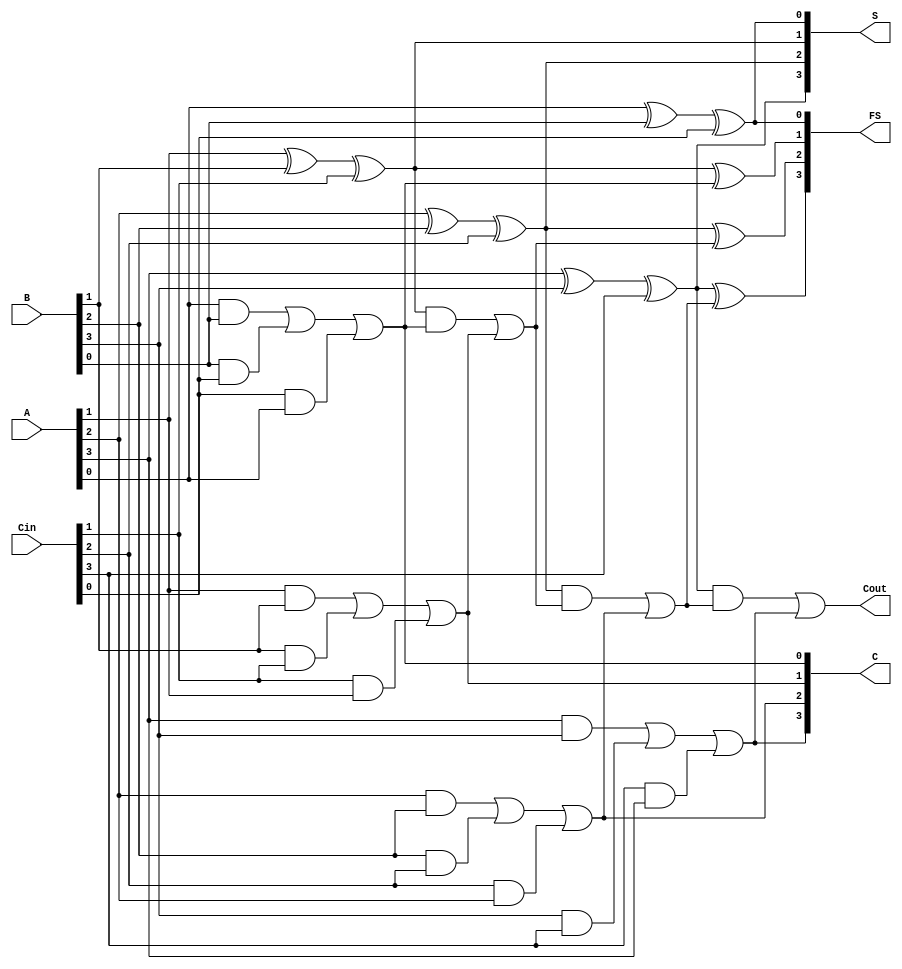
module CarrySaveAdder #(
    parameter WIDTH = 4  // Parameter to set the bit-width of inputs
)(
    input  wire [WIDTH-1:0] A,     // Input A
    input  wire [WIDTH-1:0] B,     // Input B
    input  wire [WIDTH-1:0] Cin,    // Input Carry
    output wire [WIDTH-1:0] S,      // Sum output
    output wire [WIDTH-1:0] C,      // Carry output
    output wire [WIDTH-1:0] FS,     // Final Sum output
    output wire Cout                // Final Carry out
);

// Partial Sum Generation
genvar i;
generate
    for (i = 0; i < WIDTH; i = i + 1) begin : CSA
        assign S[i] = A[i] ^ B[i] ^ Cin[i];  // Sum is the XOR of inputs
        assign C[i] = (A[i] & B[i]) | (B[i] & Cin[i]) | (Cin[i] & A[i]); // Carry
    end
endgenerate

// Carry Propagation Adder (CPA) - Ripple Carry Adder
wire [WIDTH:0] carry; // Extra bit for carry out

assign carry[0] = 1'b0; // Initial carry-in is 0

generate
    for (i = 0; i < WIDTH; i = i + 1) begin : CPA
        // Final sum calculation with carry propagation
        assign FS[i] = S[i] ^ carry[i]; // Final Sum
        assign carry[i+1] = (S[i] & carry[i]) | C[i]; // Carry propagation
    end
endgenerate

assign Cout = carry[WIDTH]; // Final carry out

endmodule